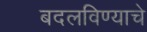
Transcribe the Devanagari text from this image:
बदलविण्याचे